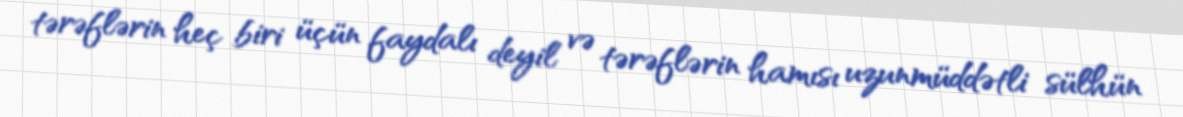
tərəflərin heç biri üçün faydalı deyil və tərəflərin hamısı uzunmüddətli sülhün